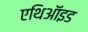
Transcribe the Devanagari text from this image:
एथिऑइड